Document type: Recognition
Year: 1437
Scribe: Pere Ponçgem
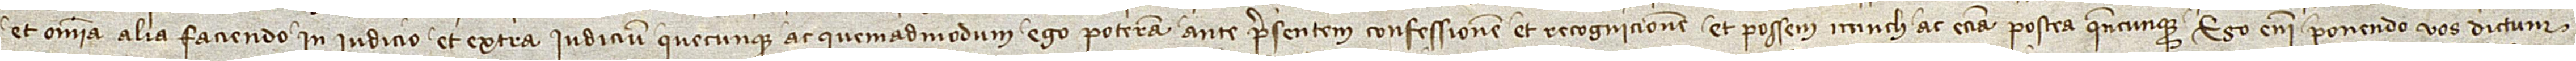
et omnia alia faciendo, in iudicio et extra iudicium, quecumque ac quemadmodum, ego poteram ante presentem confessionem et recognicionem et possem nunch ac etiam postea quandocumque. Ego enim ponendo vos dictum